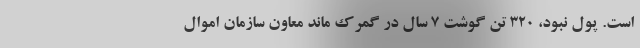
است. پول نبود، ۳۲۰ تن گوشت ۷ سال در گمرک ماند معاون سازمان اموال